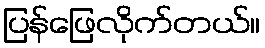
ပြန်ဖြေလိုက်တယ်။